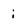
Character: i